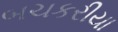
બચકરીયા